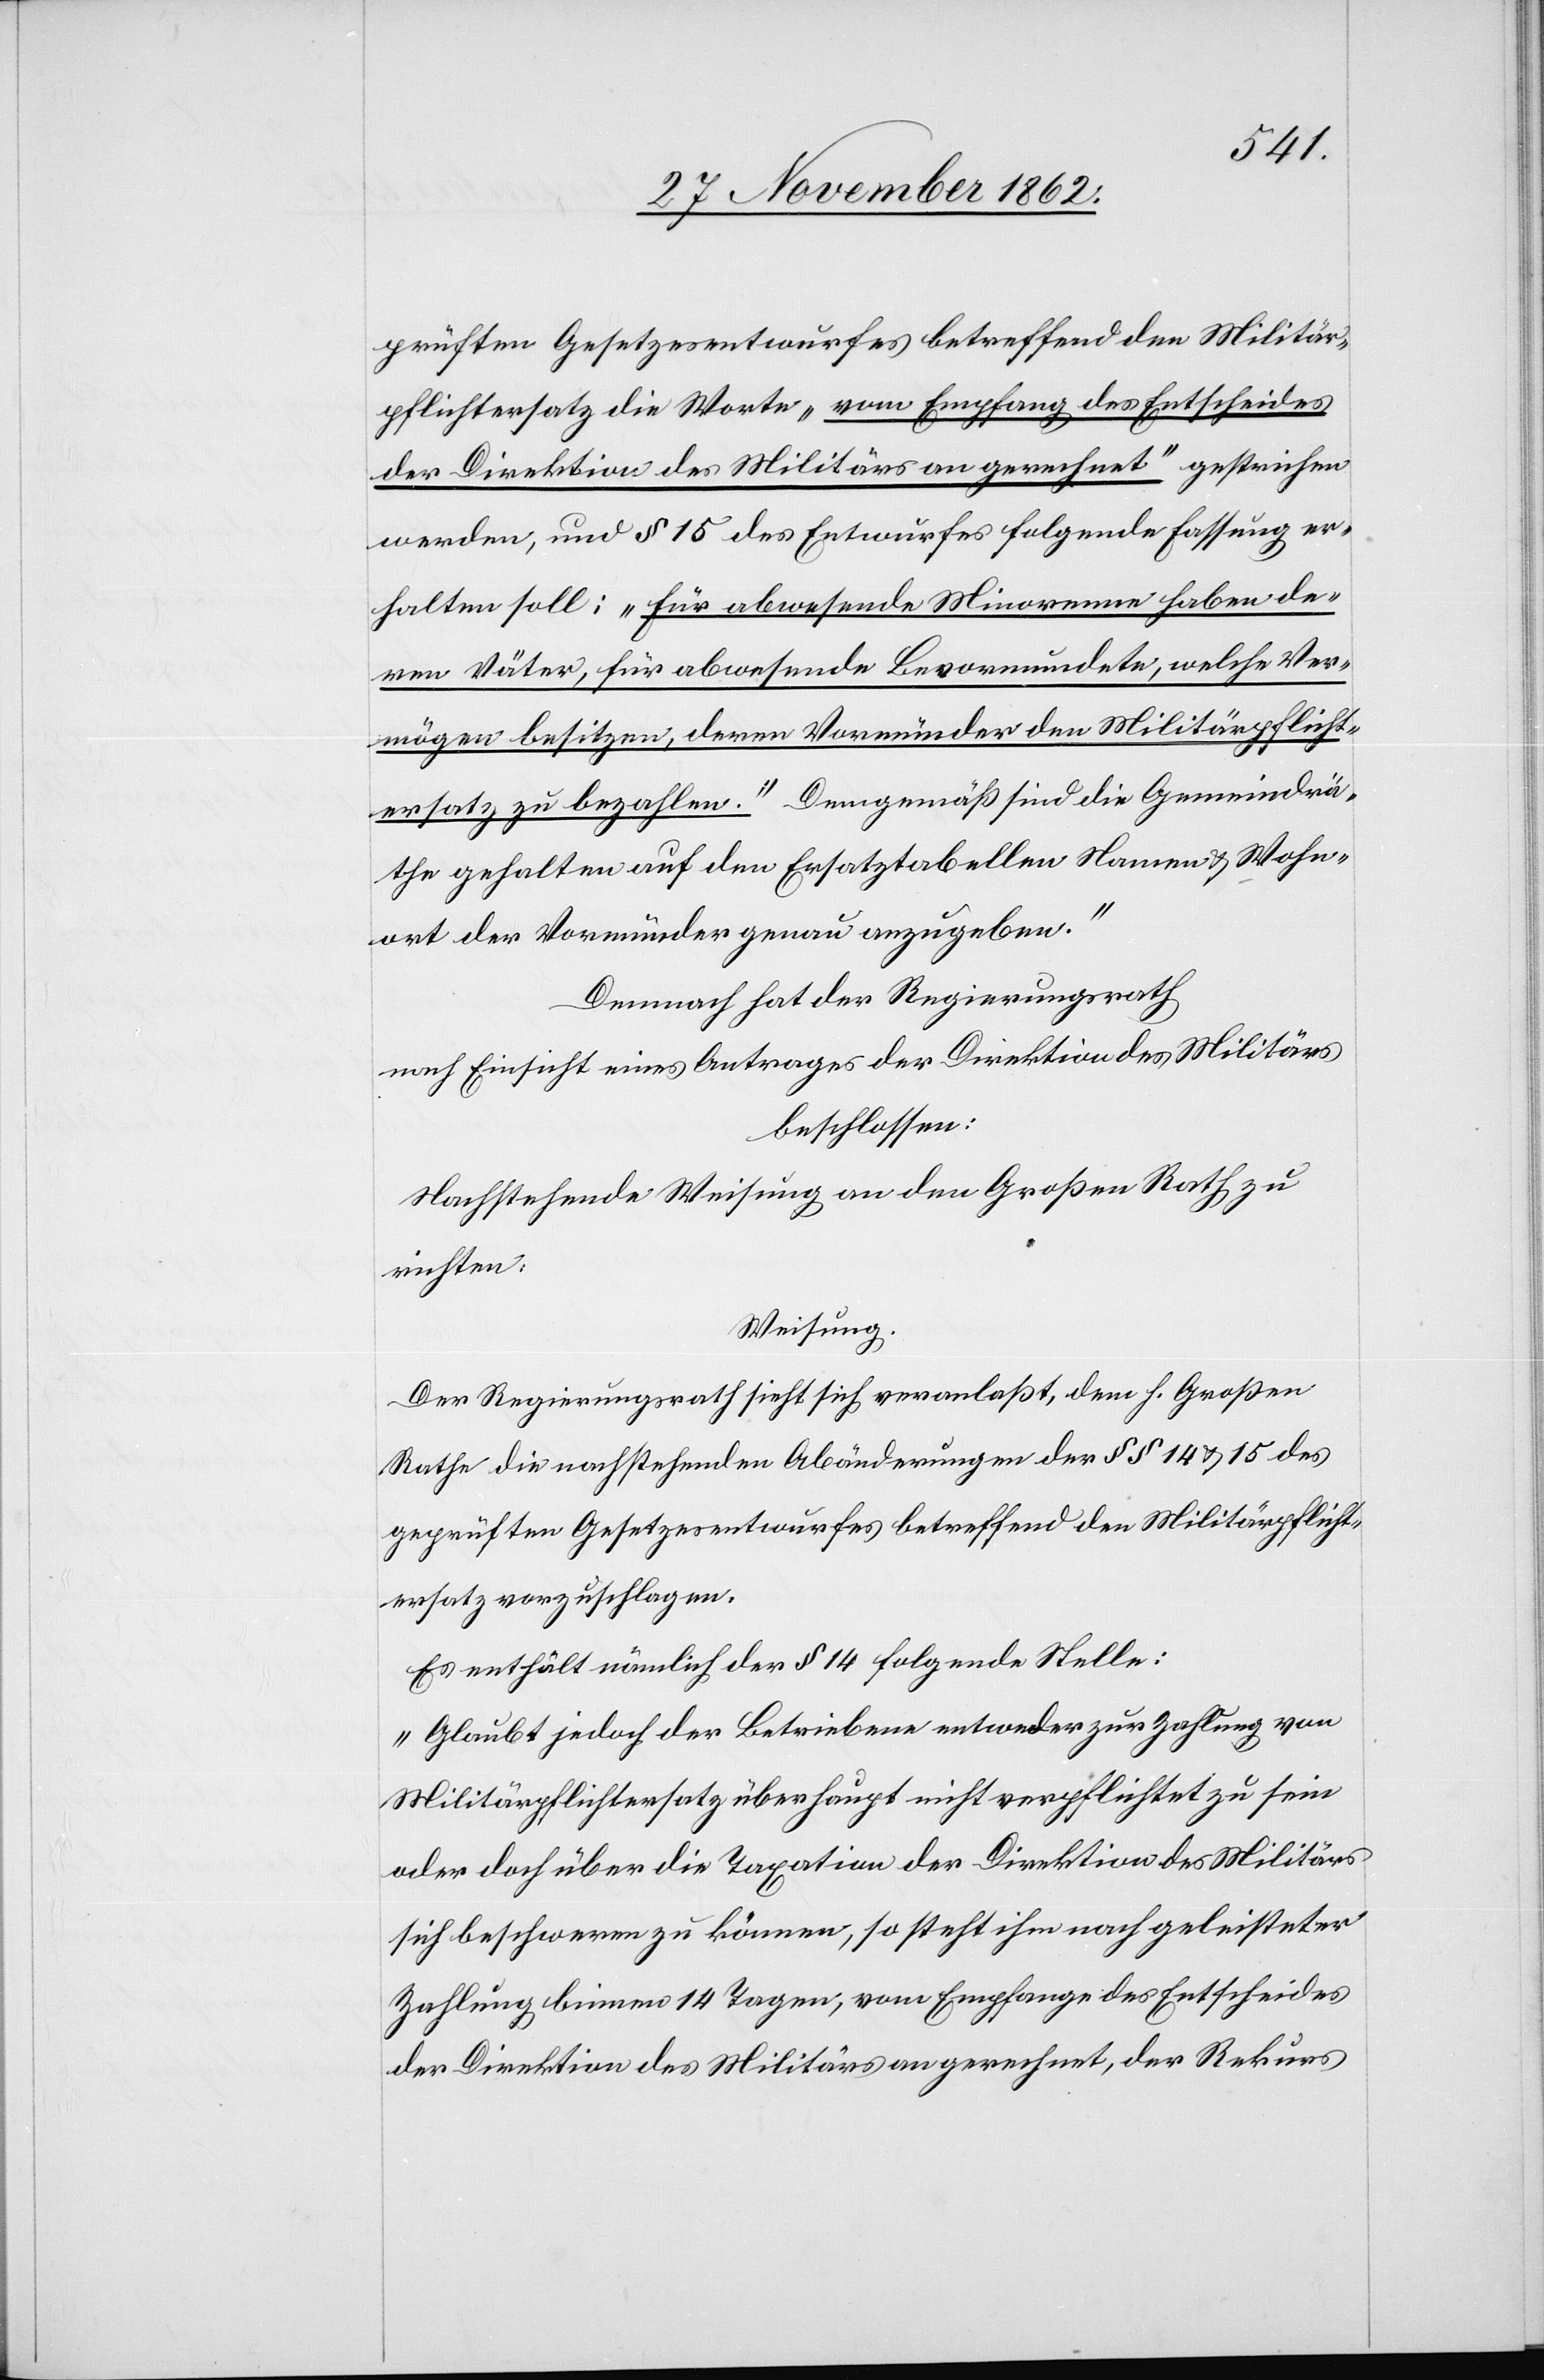
prüften Gesetzesentwurfes betreffend den Militär¬
pflichtersatz die Worte „vom Empfang des Entscheides
der Direktion des Militärs an gerechnet“ gestrichen
werden, und § 15 des Entwurfes folgende Fassung er¬
halten soll: „für abwesende Minorenne haben de¬
ren Väter, für abwesende Bevormundete, welche Ver¬
mögen besitzen, deren Vormünder den Militärpflicht¬
ersatz zu bezahlen.“ Demgemäß sind die Gemeindrä¬
the gehalten auf den Ersatztabellen Namen u. Wohn¬
ort der Vormünder genau anzugeben.“
Demnach hat der Regierungsrath
nach Einsicht eines Antrages der Direktion des Militärs
beschlossen:
Nachstehende Weisung an den Großen Rath zu
richten:
Weisung.
Der Regierungsrath sieht sich veranlaßt, dem h. Großen
Rathe die nachstehenden Abänderungen der §§ 14 u. 15 des
geprüften Gesetzesentwurfes betreffend den Militärpflicht¬
ersatz vorzuschlagen.
Es enthält nämlich der § 14 folgende Stelle:
„Glaubt jedoch der Betriebene entweder zur Zahlung von
Militärpflichtersatz überhaupt nicht verpflichtet zu sein
oder doch über die Taxation der Direktion des Militärs
sich beschweren zu können, so steht ihm nach geleisteter
Zahlung binnen 14 Tagen, vom Empfange des Entscheides
der Direktion des Militärs angerechnet, der Rekurs